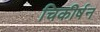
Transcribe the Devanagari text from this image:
चिकीर्षन